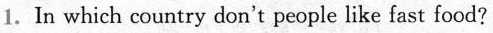
1. In which country don't people like fast food?